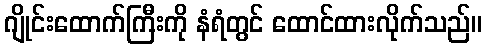
ဂျိုင်းထောက်ကြီးကို နံရံတွင် ထောင်ထားလိုက်သည်။